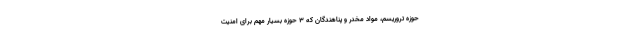
حوزه تروریسم، مواد مخدر و پناهندگان که ۳ حوزه بسیار مهم برای امنیت